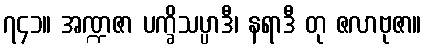
၇၄၁။ အဏ္ဍဇာ ပက္ခိသပ္ပာဒီ၊ နရာဒီ တု ဇလာဗုဇာ။